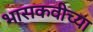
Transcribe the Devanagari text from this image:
भासकवीच्या